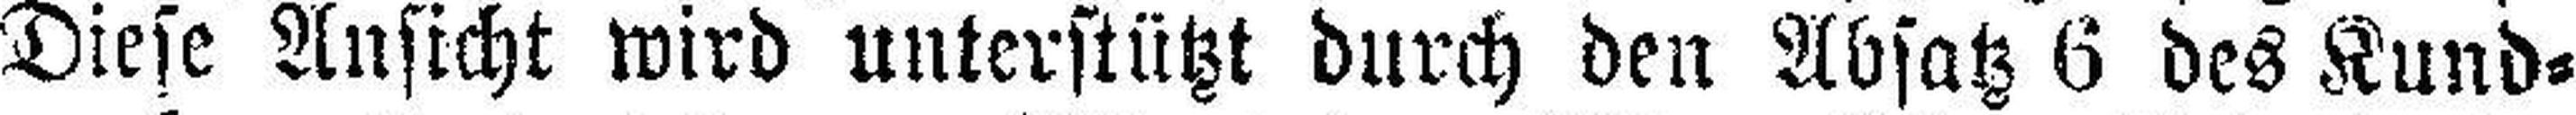
Diese Ansicht wird unterstützt durch den Absatz 6 des Kund¬